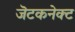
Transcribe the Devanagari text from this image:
जॆटकनेक्ट